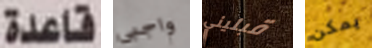
قاعدة واجبى قبليني يمكن